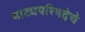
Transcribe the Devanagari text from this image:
नाट्यपरिषदेचे